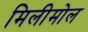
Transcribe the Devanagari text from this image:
मिलीमोल